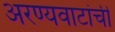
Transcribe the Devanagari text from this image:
अरण्यवाटांची